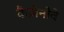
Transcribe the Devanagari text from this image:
कैज़ेनोवे